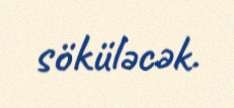
söküləcək.